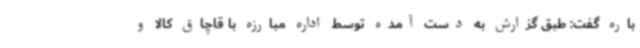
باره گفت: طبق گزارش به دست آمده توسط اداره مبارزه با قاچاق کالا و